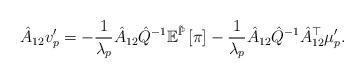
LaTeX: \begin{align*}\hat{A}_{12}v_{p}'=-\frac{1}{\lambda_{p}}\hat{A}_{12}\hat{Q}^{-1}\mathbb{E}^{\tilde{\mathbb{P}}}\left[\pi\right]-\frac{1}{\lambda_{p}}\hat{A}_{12}\hat{Q}^{-1}\hat{A}_{12}^{\top}\mu'_{p}.\end{align*}